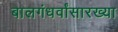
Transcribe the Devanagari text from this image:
बालगंधर्वांसारख्या